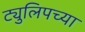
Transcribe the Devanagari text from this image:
ट्युलिपच्या